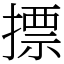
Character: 摽